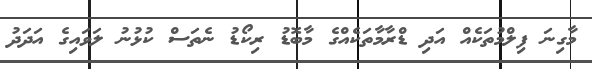
މާގިނަ ފިލްމުތަކެއް އަދި ޑްރާމާތަކެއްގެ މާބޮޑު ރިކޯޑު ނެތަސް ކުޅުނު ލަވައިގެ އަދަދު